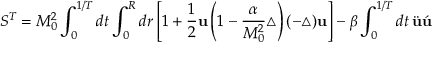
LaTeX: S ^ { T } = M _ { 0 } ^ { 2 } \int _ { 0 } ^ { 1 / T } d t \int _ { 0 } ^ { R } d r \left[ 1 + \frac { 1 } { 2 } { \bf u } \left( 1 - \frac { \alpha } { M _ { 0 } ^ { 2 } } \triangle \right) ( - \triangle ) { \bf u } \right] - \beta \int _ { 0 } ^ { 1 / T } d t \, \ddot { \bf u } \acute { \bf u }